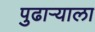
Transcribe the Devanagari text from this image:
पुढाऱ्याला